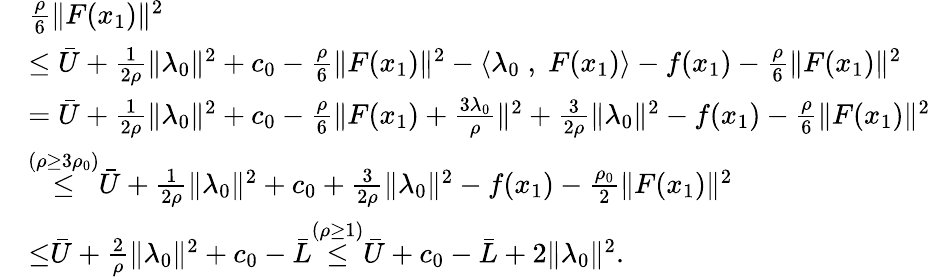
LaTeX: \begin{array}{rl}&{\frac{\rho}{6}\| F(x_{1})\| ^{2}}\\ &{\leq\bar{U}+\frac{1}{2\rho}\| \lambda_{0}\| ^{2}+c_{0}-\frac{\rho}{6}\| F(x_{1})\| ^{2}-\langle\lambda_{0}\; ,\; F(x_{1})\rangle-f(x_{1})-\frac{\rho}{6}\| F(x_{1})\| ^{2}}\\ &{=\bar{U}+\frac{1}{2\rho}\| \lambda_{0}\| ^{2}+c_{0}-\frac{\rho}{6}\| F(x_{1})+\frac{3\lambda_{0}}{\rho}\| ^{2}+\frac{3}{2\rho}\| \lambda_{0}\| ^{2}-f(x_{1})-\frac{\rho}{6}\| F(x_{1})\| ^{2}}\\ &{{\overset{{(\rho\geq 3\rho_{0})}}{\leq}}\bar{U}+\frac{1}{2\rho}\| \lambda_{0}\| ^{2}+c_{0}+\frac{3}{2\rho}\| \lambda_{0}\| ^{2}-f(x_{1})-\frac{\rho_{0}}{2}\| F(x_{1})\| ^{2}}\\ &{{\overset{}{\leq}}\bar{U}+\frac{2}{\rho}\| \lambda_{0}\| ^{2}+c_{0}-\bar{L}{\overset{{(\rho\geq 1)}}{\leq}}\bar{U}+c_{0}-\bar{L}+{2}\| \lambda_{0}\| ^{2}.}\end{array}